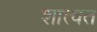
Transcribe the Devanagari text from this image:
शात्वत